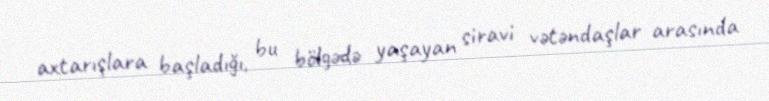
axtarışlara başladığı, bu bölgədə yaşayan siravi vətəndaşlar arasında